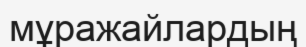
мұражайлардың